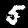
Label: 5